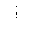
Letter: _alif